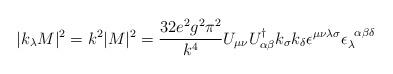
LaTeX: \begin{align*}|k_{\lambda} M|^2 = k^2 |M|^2 = \frac{32e^2g^2\pi^2}{k^4} U_{\mu \nu}U^{\dag}_{\alpha \beta} k_{\sigma} k_{\delta} \epsilon^{\mu \nu \lambda\sigma} \epsilon_{\lambda}^{\; \; \alpha \beta \delta}\end{align*}